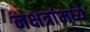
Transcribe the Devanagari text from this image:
नक्षत्रांमध्ये